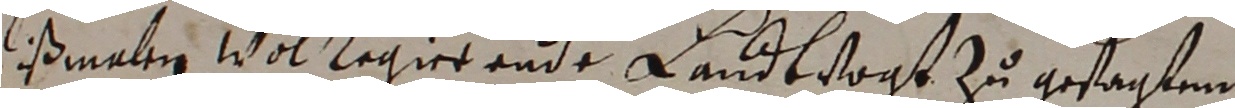
dißmalen wol reger endrr landtvogt zu gesagten